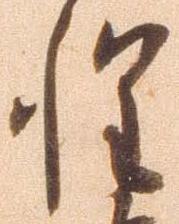
惶